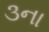
૩ના